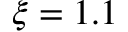
\xi = 1 . 1